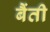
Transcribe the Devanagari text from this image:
बैंती